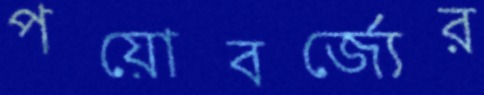
পয়োবর্জ্যের